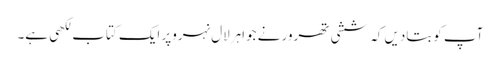
آپ کوبتادیں کہ ششی تھرور نے جواہرلال نہروپر ایک کتاب لکھی ہے۔